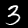
Digit: 3